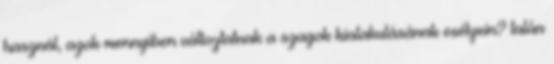
használ, azok mennyiben változtatnak a szagok kialakulásának esélyein? talán